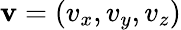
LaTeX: \mathbf{v}=(v_{x},v_{y},v_{z})